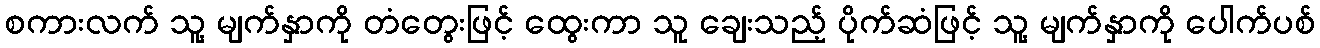
စကားလက် သူ့ မျက်နှာကို တံတွေးဖြင့် ထွေးကာ သူ ချေးသည့် ပိုက်ဆံဖြင့် သူ့ မျက်နှာကို ပေါက်ပစ်